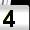
Digit: 4